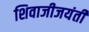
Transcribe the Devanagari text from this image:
शिवाजीजयंती